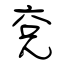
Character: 兗